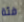
فئة